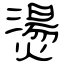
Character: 燙